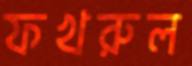
ফখরুল